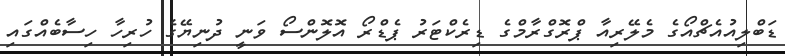
ޑަބްލިއުއެޗްއޯގެ މެލޭރިއާ ޕްރޮގްރާމްގެ ޑިރެކްޓަރު ޕެޑްރޯ އޮލޮންސޯ ވަނީ ދުނިޔޭގެ ހުރިހާ ހިސާބެއްގައި